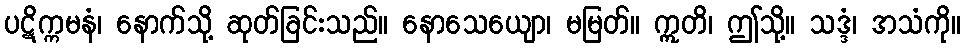
ပဋိက္ကမနံ၊ နောက်သို့ ဆုတ်ခြင်းသည်။ နောသေယျော၊ မမြတ်။ ဣတိ၊ ဤသို့။ သဒ္ဒံ၊ အသံကို။